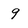
Character: 9